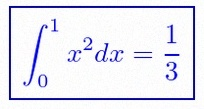
\int_0^1 x^2dx=\frac13